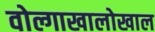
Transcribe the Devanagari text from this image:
वोल्गाखालोखाल